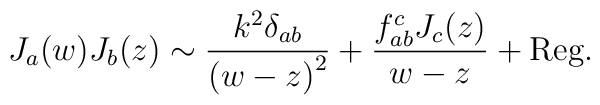
J_a(w)J_b(z) \sim 	\frac{k^2 \delta_{ab}}{{(w-z)}^2} +	\frac{f_{ab}^c J_c(z)}{w-z} + {\rm Reg.}